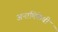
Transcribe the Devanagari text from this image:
अनामिकेची